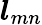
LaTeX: \boldsymbol{l}_{mn}